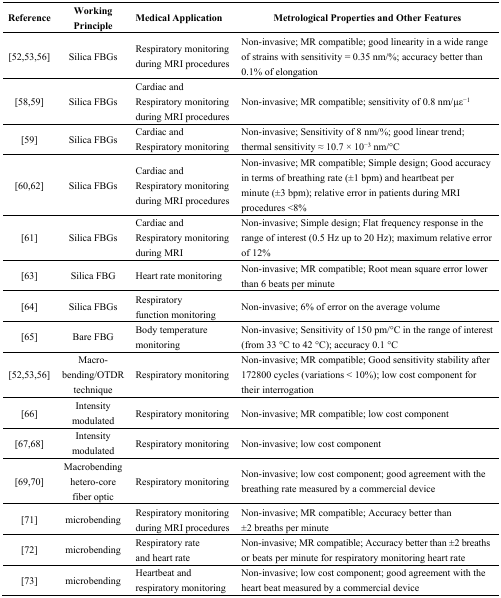
| Reference | Working Principle | Medical Application | Metrological Properties and Other Features |
 | --- | --- | --- | --- |
 | [52,53,56] | Silica FBGs | Respiratory monitoring during MRI procedures | Non-invasive; MR compatible; good linearity in a wide range of strains with sensitivity = 0.35 nm/%; accuracy better than 0.1% of elongation |
 | [58,59] | Silica FBGs | Cardiac and Respiratory monitoring during MRI procedures | Non-invasive; MR compatible; sensitivity of 0.8 nm/με−1 |
 | [59] | Silica FBGs | Cardiac and Respiratory monitoring | Non-invasive; Sensitivity of 8 nm/%; good linear trend; thermal sensitivity ≈ 10.7 × 10−3 nm/°C |
 | [60,62] | Silica FBGs | Cardiac and Respiratory monitoring during MRI procedures | Non-invasive; MR compatible; Simple design; Good accuracy in terms of breathing rate (±1 bpm) and heartbeat per minute (±3 bpm); relative error in patients during MRI procedures <8% |
 | [61] | Silica FBGs | Cardiac and Respiratory monitoring during MRI | Non-invasive; Simple design; Flat frequency response in the range of interest (0.5 Hz up to 20 Hz); maximum relative error of 12% |
 | [63] | Silica FBG | Heart rate monitoring | Non-invasive; MR compatible; Root mean square error lower than 6 beats per minute |
 | [64] | Silica FBGs | Respiratory function monitoring | Non-invasive; 6% of error on the average volume |
 | [65] | Bare FBG | Body temperature monitoring | Non-invasive; Sensitivity of 150 pm/°C in the range of interest (from 33 °C to 42 °C); accuracy 0.1 °C |
 | [52,53,56] | Macro-bending/OTDR technique | Respiratory monitoring | Non-invasive; MR compatible; Good sensitivity stability after 172800 cycles (variations < 10%); low cost component for their interrogation |
 | [66] | Intensity modulated | Respiratory monitoring | Non-invasive; MR compatible; low cost component |
 | [67,68] | Intensity modulated | Respiratory monitoring | Non-invasive; low cost component |
 | [69,70] | Macrobending hetero-core fiber optic | Respiratory monitoring | Non-invasive; low cost component; good agreement with the breathing rate measured by a commercial device |
 | [71] | microbending | Respiratory monitoring during MRI procedures | Non-invasive; MR compatible; Accuracy better than ±2 breaths per minute |
 | [72] | microbending | Respiratory rate and heart rate | Non-invasive; MR compatible; Accuracy better than ±2 breaths or beats per minute for respiratory monitoring heart rate |
 | [73] | microbending | Heartbeat and respiratory monitoring | Non-invasive; low cost component; good agreement with the heart beat measured by a commercial device |